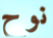
نوح